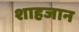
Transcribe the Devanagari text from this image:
शाहजान